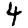
Digit: 4